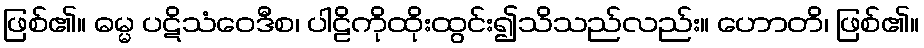
ဖြစ်၏။ ဓမ္မ ပဋိသံဝေဒီစ၊ ပါဠိကိုထိုးထွင်း၍သိသည်လည်း။ ဟောတိ၊ ဖြစ်၏။